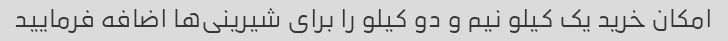
امکان خرید یک کیلو نیم و دو کیلو را برای شیرینی‌ها اضافه فرمایید